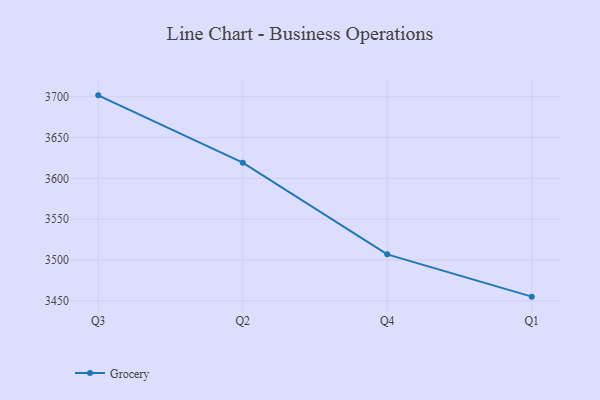
{"axis": {"x": "Quarter", "y": "Net Income (USD K)"}, "legend": ["Grocery"], "data": [{"x": "Q3", "y": 3701.7, "type": "Grocery"}, {"x": "Q2", "y": 3619.2, "type": "Grocery"}, {"x": "Q4", "y": 3506.9, "type": "Grocery"}, {"x": "Q1", "y": 3455.1, "type": "Grocery"}]}